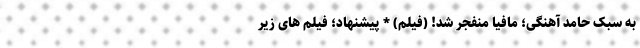
به سبک حامد آهنگی؛ مافیا منفجر شد! (فیلم) * پیشنهاد؛ فیلم‌ های زیر